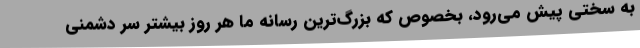
به سختی پیش می‌رود، بخصوص که بزرگ‌ترین رسانه ما هر روز بیشتر سر دشمنی